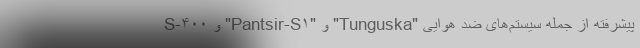
پیشرفته از جمله سیستم‌های ضد هوایی "Tunguska" و "Pantsir-S۱" و S-۴۰۰